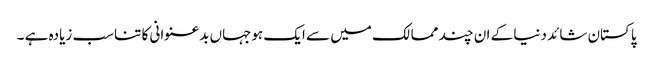
پاکستان شائد دنیا کے ان چند ممالک میں سے ایک ہوجہاں بدعنوانی کا تناسب زیادہ ہے ۔